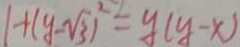
1 + ( y - \sqrt { 3 } ) ^ { 2 } = y ( y - x )